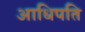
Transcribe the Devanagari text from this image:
आधिपति